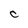
Character: C